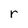
Character: r